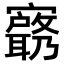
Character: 𫴟